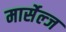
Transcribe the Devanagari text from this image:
मार्सेल्ज